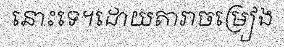
នោះទេ។ដោយតារាចម្រៀង